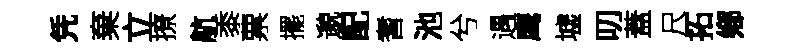
凭棄立撩航黍票擺邈配耆池兮遇鹰墟叨蓋尺拓鄕